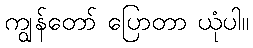
ကျွန်တော် ပြောတာ ယုံပါ။